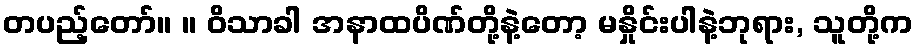
တပည့်တော်။ ။ ဝိသာခါ အနာထပိဏ်တို့နဲ့တော့ မနှိုင်းပါနဲ့ဘုရား, သူတို့က